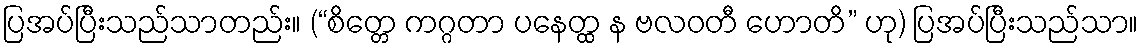
ပြအပ်ပြီးသည်သာတည်း။ (“စိတ္တေ ကဂ္ဂတာ ပနေတ္ထ န ဗလဝတီ ဟောတိ” ဟု) ပြအပ်ပြီးသည်သာ။